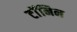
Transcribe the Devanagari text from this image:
टॉंनिन